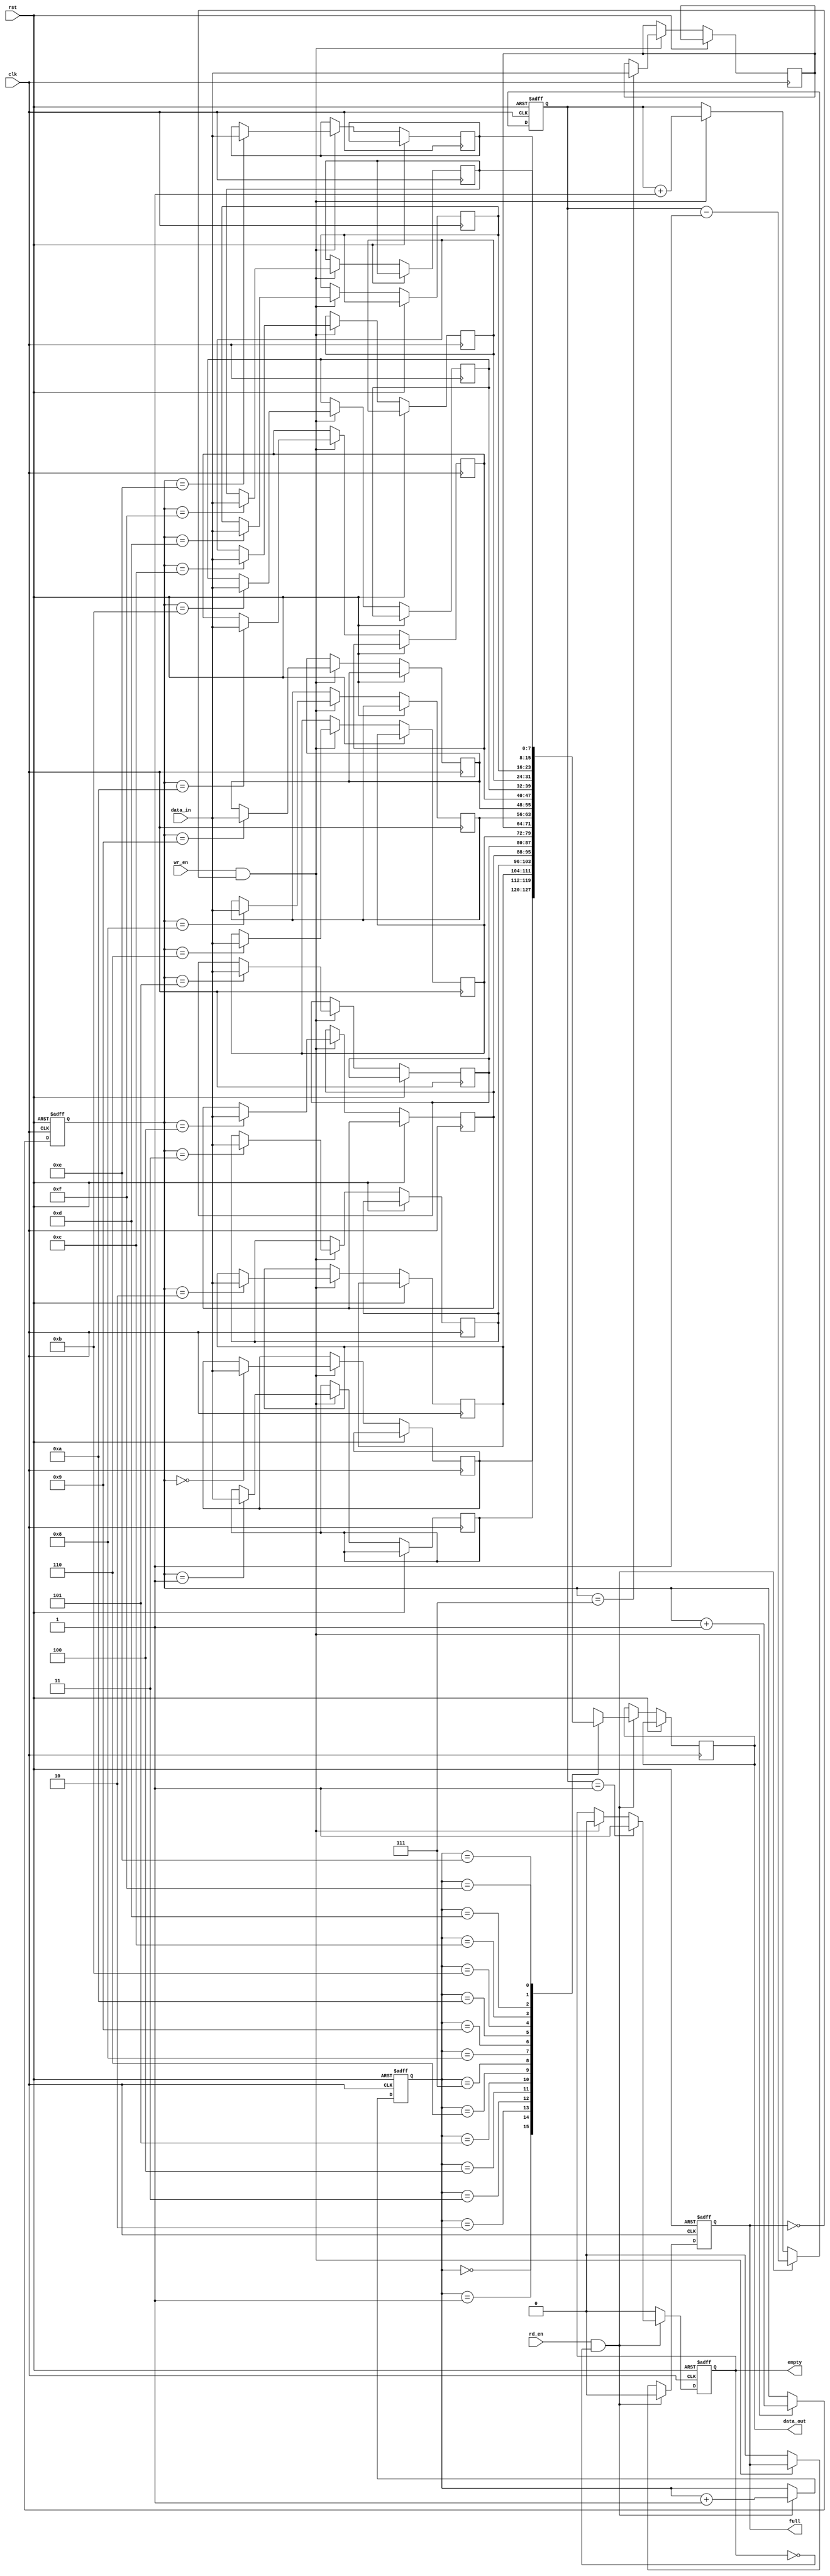
module circular_fifo (
    input wire clk,
    input wire rst,
    input wire wr_en,
    input wire rd_en,
    input wire [7:0] data_in,
    output reg [7:0] data_out,
    output reg full,
    output reg empty
);

parameter FIFO_SIZE = 16;
reg [7:0] buffer [0:FIFO_SIZE-1];
reg [3:0] wr_ptr;
reg [3:0] rd_ptr;
reg [2:0] count;

always @ (posedge clk or posedge rst)
begin
    if (rst)
    begin
        wr_ptr <= 4'd0;
        rd_ptr <= 4'd0;
        count <= 3'd0;
        full <= 1'b0;
        empty <= 1'b1;
    end
    else
    begin
        if (wr_en && !full)
        begin
            buffer[wr_ptr] <= data_in;
            wr_ptr <= wr_ptr + 1;
            count <= count + 1;
            empty <= 1'b0;
            if (count == FIFO_SIZE-1)
                full <= 1'b1;
        end
        else
            full <= 1'b0;
        
        if (rd_en && !empty)
        begin
            data_out <= buffer[rd_ptr];
            rd_ptr <= rd_ptr + 1;
            count <= count - 1;
            full <= 1'b0;
            if (count == 1)
                empty <= 1'b1;
        end
        else
            empty <= 1'b0;
    end
end

endmodule